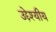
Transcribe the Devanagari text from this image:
उद्देश्यीय